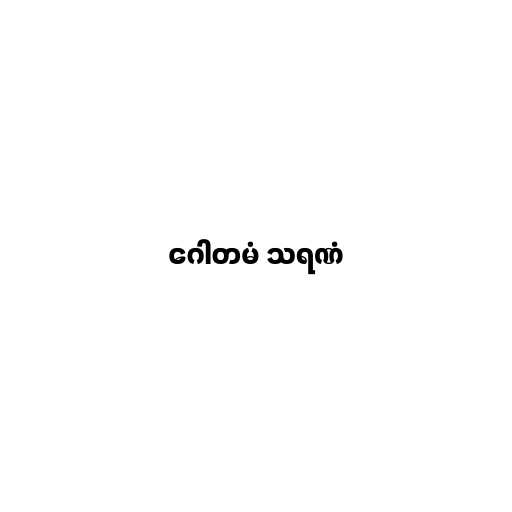
ဂေါတမံ သရဏံ